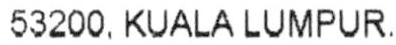
53200, KUALA LUMPUR